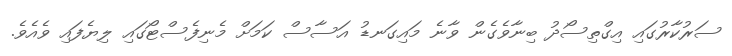
ސަރުކާރުގައި އިގްތިސޯދު ބިނާވެގެން ވާނެ މައިގަނޑު އަސާސް ކަމަށް މެނިފެސްޓޯގައި ލިޔެފައި ވެއެވެ.